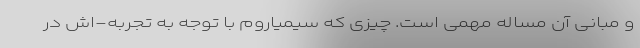
و مبانی آن مساله مهمی است. چیزی که سیمیاروم با توجه به تجربه-اش در